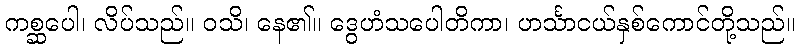
ကစ္ဆပေါ၊ လိပ်သည်။ ဝသိ၊ နေ၏။ ဒွေဟံသပေါတိကာ၊ ဟင်္သာငယ်နှစ်ကောင်တို့သည်။